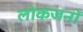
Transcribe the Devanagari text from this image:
लोकजनों